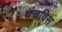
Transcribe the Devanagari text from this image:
पंचविस